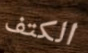
الكتف